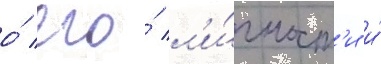
о́ его́ л'и́чност'и и́